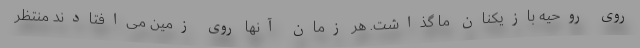
روی روحیه بازیکنان ما گذاشت. هر زمان آنها روی زمین می‌افتادند منتظر